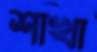
শাখা